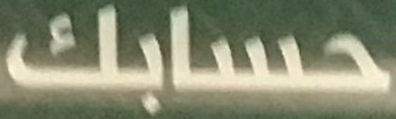
حسابك